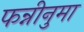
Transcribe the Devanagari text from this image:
फन्नीनुमा